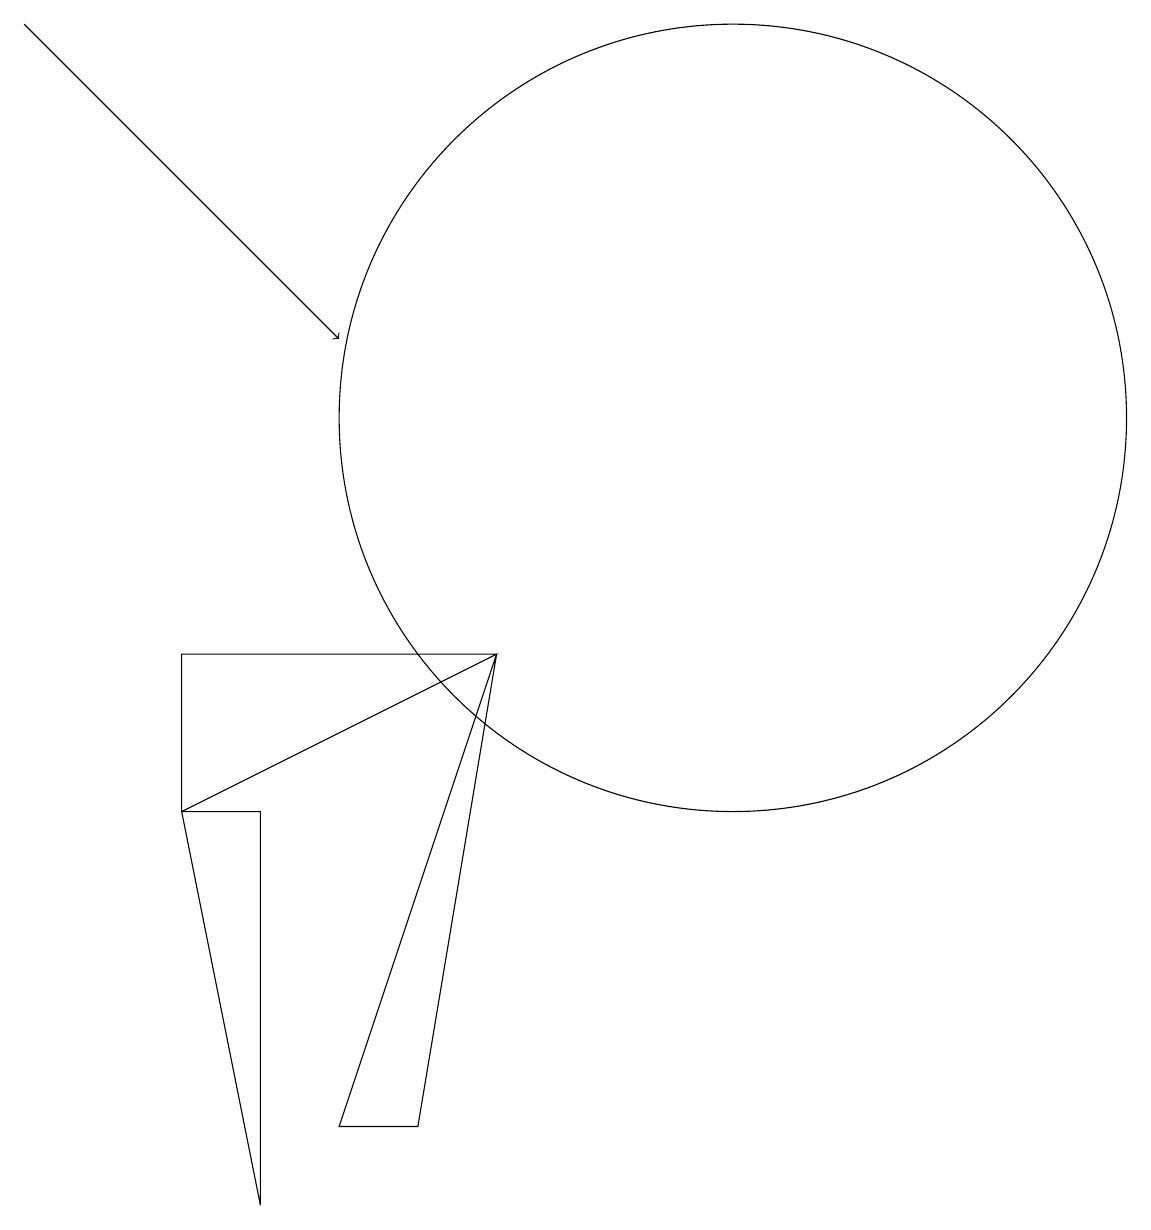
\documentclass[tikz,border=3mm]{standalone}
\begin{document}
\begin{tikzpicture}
\draw (6,3) -- (7,9) -- (5,3) -- cycle;
\draw[->] (1,17) -- (5,13);
\draw (3,9) -- (7,9) -- (3,7) -- cycle;
\draw (10,12) circle (5);
\draw (3,7) -- (4,7) -- (4,2) -- cycle;
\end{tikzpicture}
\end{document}